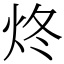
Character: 炵